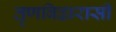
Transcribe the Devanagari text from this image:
तृणबिढारासी